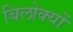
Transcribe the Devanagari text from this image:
बिलोक्‍यों